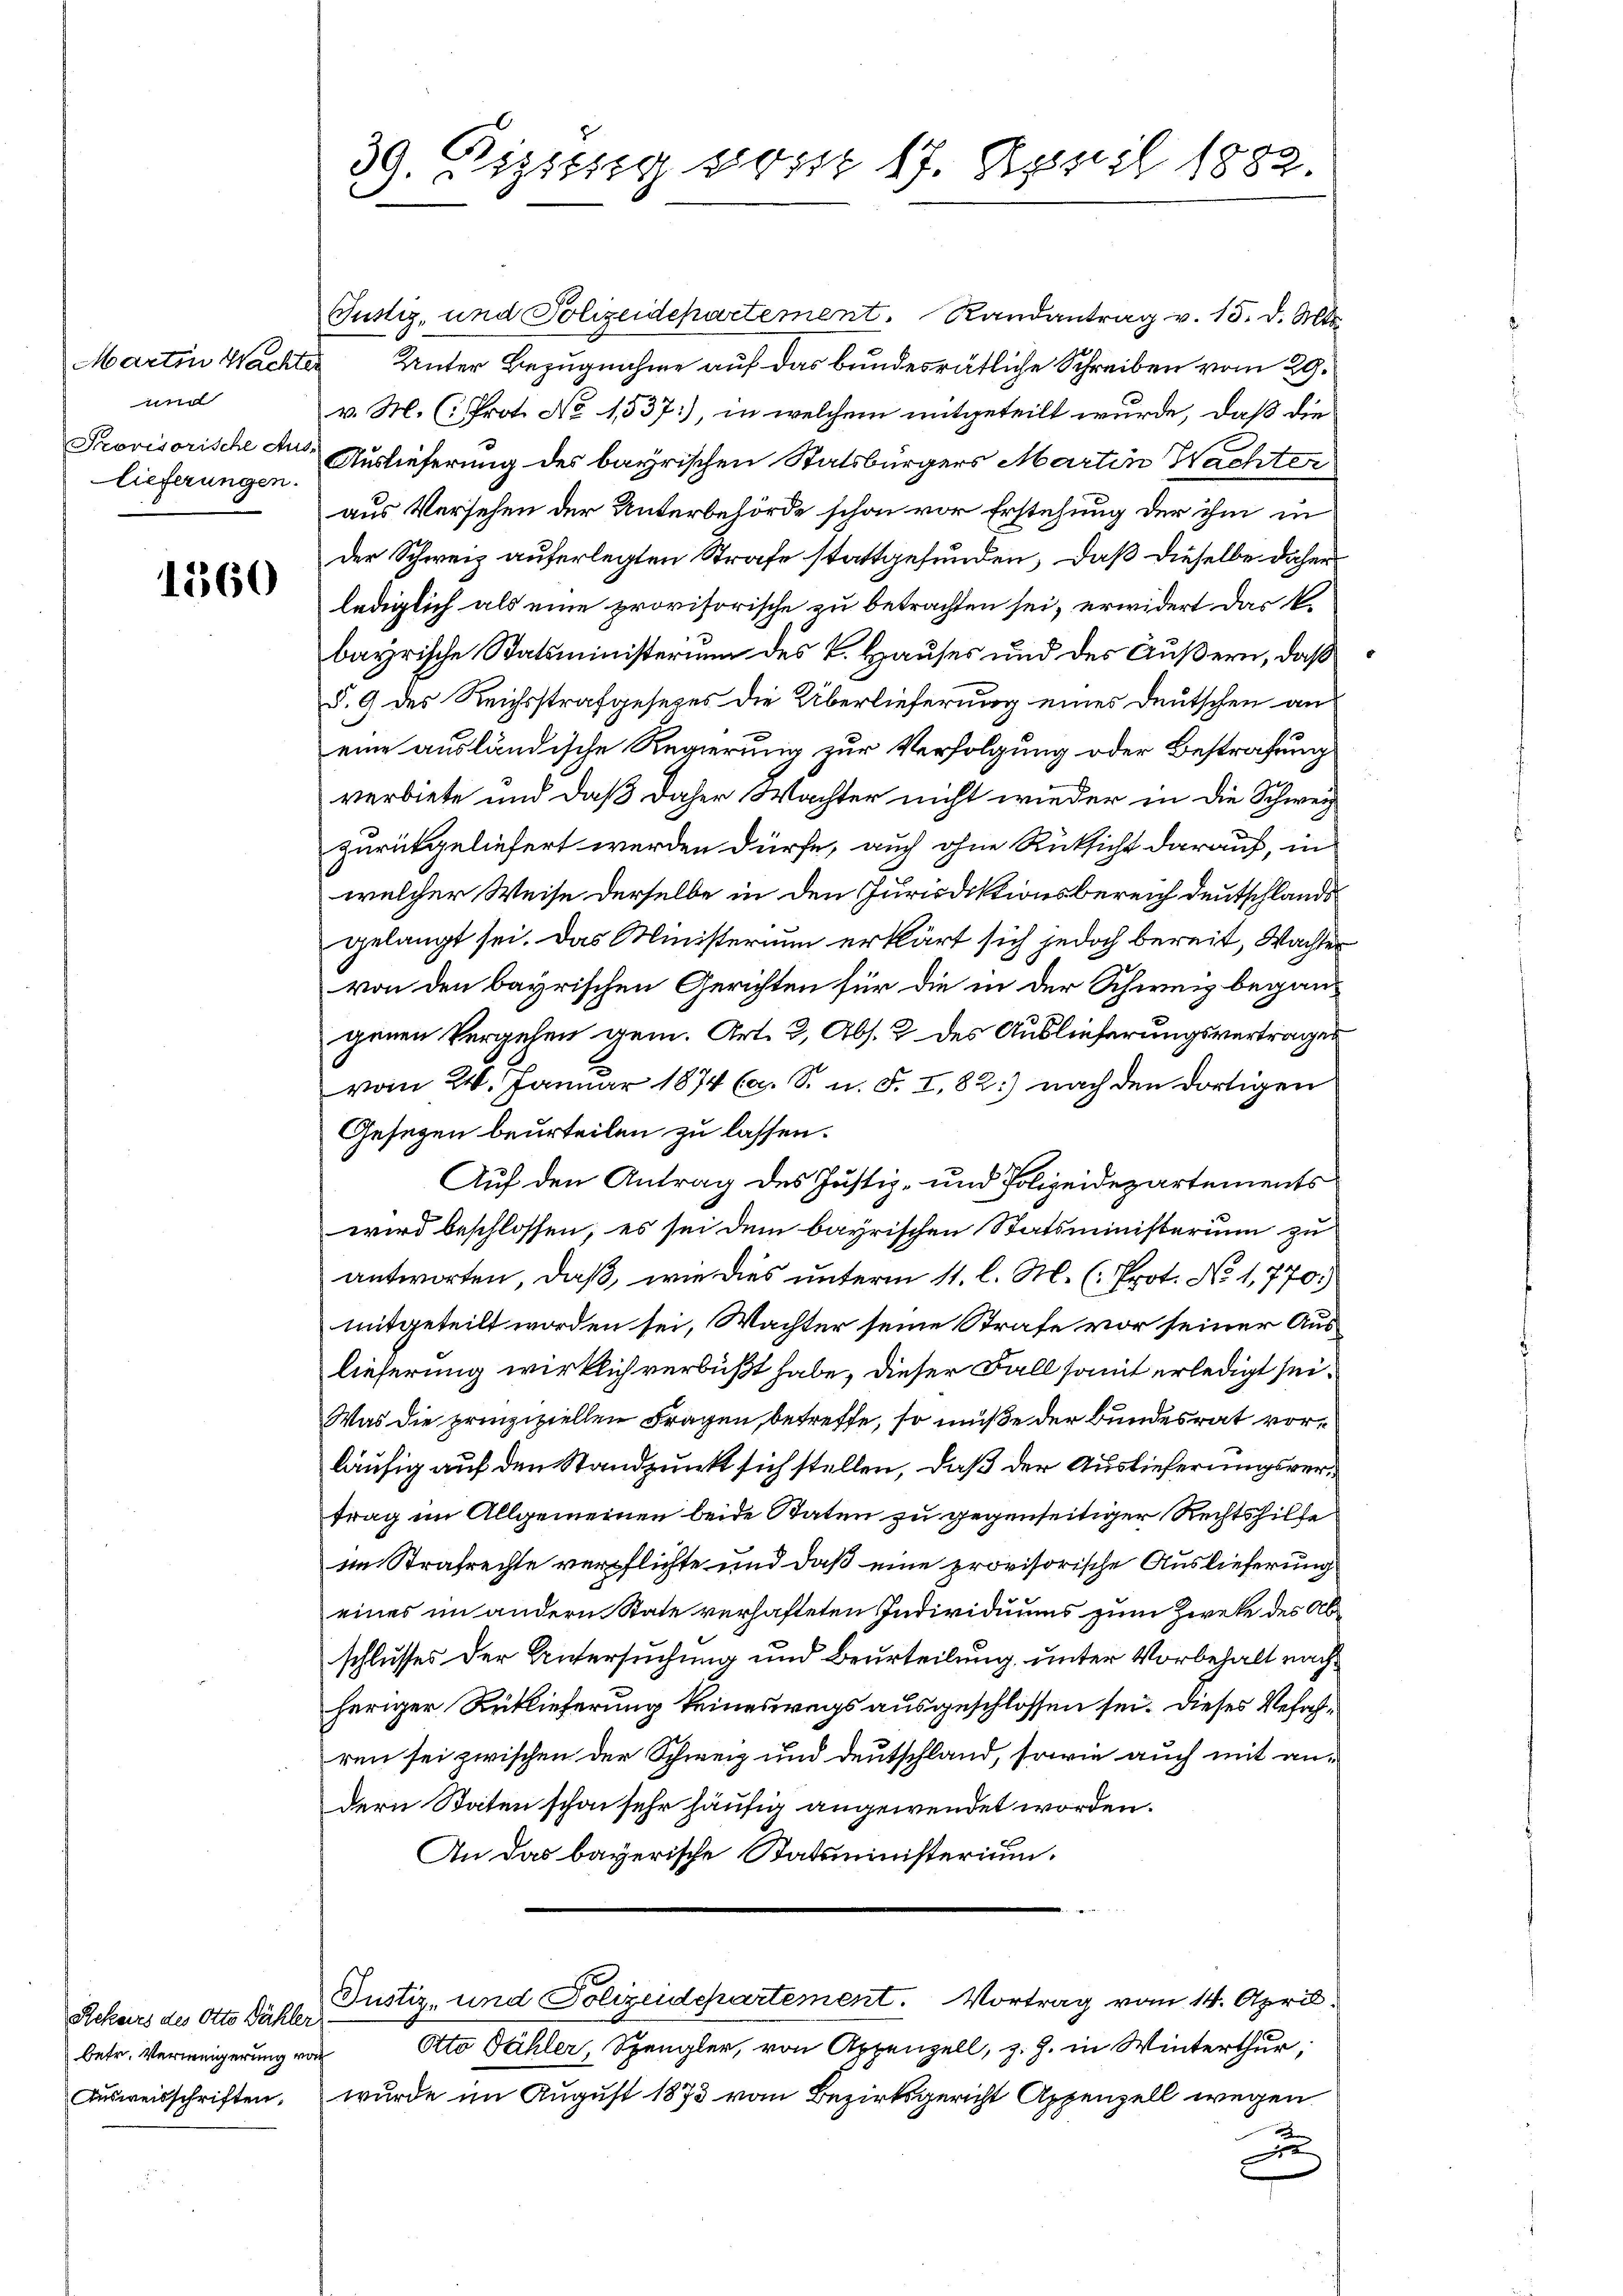
t
lieferungen.

1560

betr. Verweigerung von
Ausweisschriften,

39. Diszig vom 17. April 1882.

Justiz, und Polizeidepartement. Randantrag v. 15. d. Mts.
Martin Wachter Unter Bezugnahme auf das bundesrätliche Schreiben vom 29.
v. M. (: Prot. No 1537, in welchem mitgeteilt wurde, daß die
Provisorische des Auslieferung des bayrischen Statsbürgers Martin Wachter
aus Versehen der Unterbehörde schon vor Erstehung der ihm in
der Schweiz auferlegten Strafe stattgefunden, daß dieselbe daher
lediglich als eine provisorische zu betrachten sei, erwidert das k.
bayrische Statsministerium des k. Hauses und des Äußern, daß
§. 9 des Reichsstrafgesezes die Überlieferung eines Deutschen an
eine ausländische Regierung zur Verfolgung oder Bestrafung
verbiete und daß daher Wachter nicht wieder in die Schweiz
zurückgeliefert werden dürfe, auch ohne Rücksicht darauf, in
welcher Weise derselbe in den Jurisdiktionsbereich deutschlands
gelangt sei. Das Ministerium erklärt sich jedoch bereit, Wachter
von den bayrischen Gerichten für die in der Schweiz begangenen Vergehen gem. Art. 2, Abs. 2 des Auslieferungsvertrages
vom 24. Januar 1874 (s. S. n. F. I. 82:) nach den dortigen
Gesezen beurteilen zu lassen.
Auf den Antrag des Justiz- und Polizeidepartements
wird beschlossen, es sei dem bayrischen Statsministerium zu
antworten, daß, wie dies unterm 11. l. M. (Prot. No 1,770.)
mitgeteilt worden sei, Wachter seine Strafe vor seiner Auslieferung wirklich verbüßt habe, dieser Fall somit erledigt sei.
Was die prinzipiellen Fragen, betreffe, so müße der Bundesrat vorläufig auf den Standpunkt sich stellen, daß der Auslieferungsvertrag im Allgemeinen beide Staten zu gegenseitiger Rechtshilfe
im Strafrechte verpflichte und daß eine provisorische Auslieferung
eines im andern State verhafteten Individuums zum Zirke des Abschlusses der Untersuchung und Beurteilung unter Vorbehalt nachheriger Rücklieferung keineswegs ausgeschlossen sei. Dieses Verfahren sei zwischen der Schweiz und Deutschland, sowie auch mit andern Staten schon sehr häufig angewendet worden.
An das bayerische Statsministerium.
Rekurs des Otts Dähle Justiz- und Polizeidepartement. Vortrag vom 14. April.
Otto Dähler, Spengler, von Appenzell, z. Z. in Winterthur,
wurde im August 1873 vom Bezirksgericht Appenzell wegen
e
x